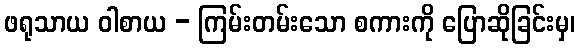
ဖရုသာယ ဝါစာယ - ကြမ်းတမ်းသော စကားကို ပြောဆိုခြင်းမှ၊